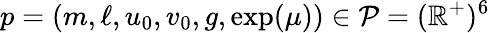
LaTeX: p=(m,\ell,u_{0},v_{0},g,\exp(\mu))\in\mathcal{P}=(\mathbb{R}^{+})^{6}